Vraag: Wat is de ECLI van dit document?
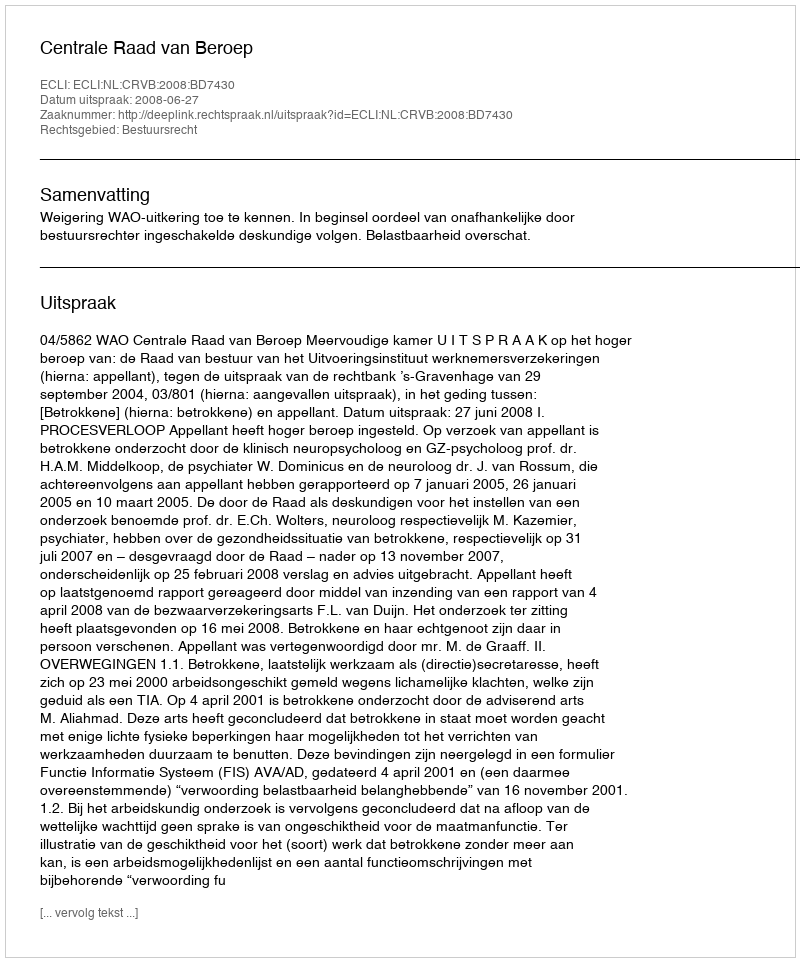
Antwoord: ECLI:NL:CRVB:2008:BD7430